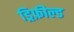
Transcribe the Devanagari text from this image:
ड्रिफ़ील्ड